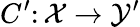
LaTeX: C^{\prime}\colon\mathcal{X}\rightarrow\mathcal{Y}^{\prime}